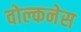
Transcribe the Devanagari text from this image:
वोल्कनेस